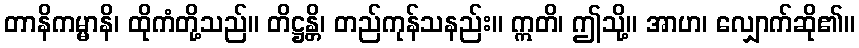
တာနိကမ္မာနိ၊ ထိုကံတို့သည်။ တိဋ္ဌန္တိ၊ တည်ကုန်သနည်း။ ဣတိ၊ ဤသို့။ အာဟ၊ လျှောက်ဆို၏။